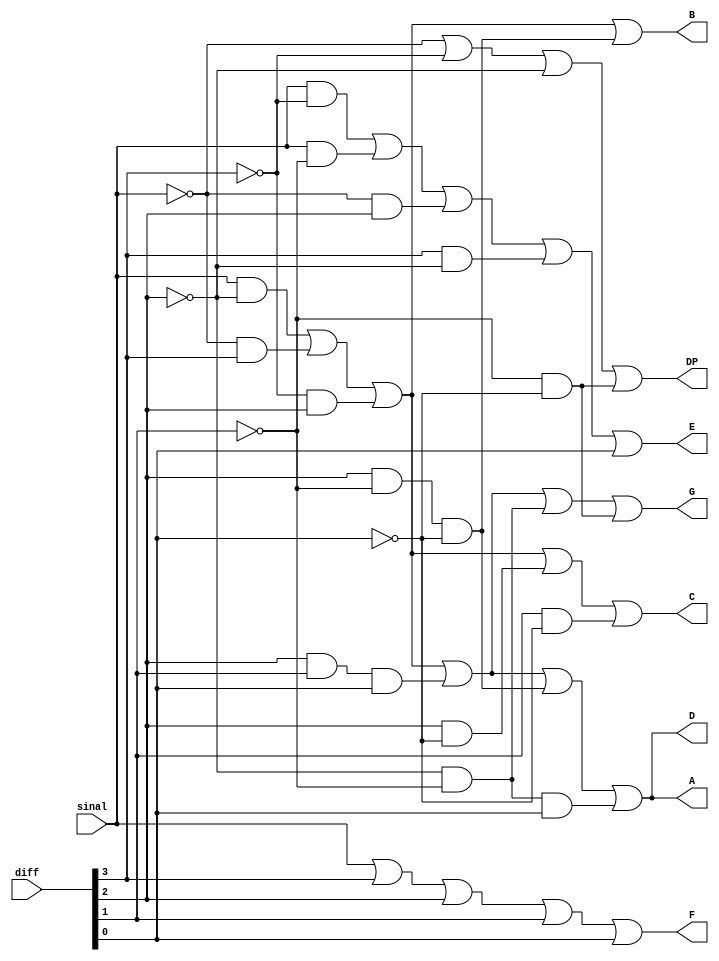

/*
	Mdulo do display.
	Ele  responsvel por mostrar as informaes na tela.
*/

module display(diff, sinal, A, B, C, D, E, F, G, DP);
	// define as entradas
	input [3:0] diff;
	input sinal;

	// define as sadas
	output A, B, C, D, E, F, G, DP;

	// define os fios
	wire SINAL_AND_NOT_DIFF2, DIFF2_AND_NOT_DIFF1_AND_NOT_DIFF0, DIFF2_AND_DIFF1_AND_DIFF0, NOT_SINAL_AND_DIFF3, NOT_DIFF3_AND_DIFF2, NOT_DIFF_2_AND_NOT_DIFF1_AND_DIFF0, DIFF2_AND_NOT_DIFF0, DIFF1_AND_NOT_DIFF0, SINAL_AND_NOT_DIFF3, SINAL_AND_NOT_DIFF1, NOT_SINAL_AND_DIFF2, DIFF3_AND_NOT_DIFF2, NOT_DIFF1_AND_NOT_DIFF0, NOT_DIFF2_AND_NOT_DIFF1, DIFF2_AND_DIFF1_DIFF0;
	wire NOT_DIFF0, NOT_DIFF1, NOT_DIFF2, NOT_DIFF3, NOT_SINAL;


	not not0(NOT_DIFF0, diff[0]);
	not not1(NOT_DIFF1, diff[1]);
	not not2(NOT_DIFF2, diff[2]);
	not not3(NOT_DIFF3, diff[3]);
	not not4(NOT_SINAL, sinal);

	// Segmento A
	and andA0 (SINAL_AND_NOT_DIFF2, sinal, NOT_DIFF2);
	and andA1 (NOT_SINAL_AND_DIFF3, NOT_SINAL, diff[3]);
	and andA2 (NOT_DIFF3_AND_DIFF2, NOT_DIFF3, diff[2]);
	and andA3 (DIFF2_AND_DIFF1_DIFF0, diff[2], diff[1], diff[0]);
	and andA4 (DIFF2_AND_NOT_DIFF1_AND_NOT_DIFF0, diff[2], NOT_DIFF1, NOT_DIFF0);
	and andA5 (NOT_DIFF_2_AND_NOT_DIFF1_AND_DIFF0, NOT_DIFF2, NOT_DIFF1, diff[0]);

	or orA0 (A, SINAL_AND_NOT_DIFF2, NOT_SINAL_AND_DIFF3, NOT_DIFF3_AND_DIFF2, DIFF2_AND_DIFF1_DIFF0, DIFF2_AND_NOT_DIFF1_AND_NOT_DIFF0, NOT_DIFF_2_AND_NOT_DIFF1_AND_DIFF0);


	// Segmento B
	or orB0 (B, SINAL_AND_NOT_DIFF2, NOT_SINAL_AND_DIFF3, NOT_DIFF3_AND_DIFF2, DIFF2_AND_NOT_DIFF1_AND_NOT_DIFF0);

	// Segmento C
	and andC3 (DIFF2_AND_NOT_DIFF0, diff[2], NOT_DIFF0);
	and andC4 (DIFF1_AND_NOT_DIFF0, diff[1], NOT_DIFF0);

	or orC0 (C, SINAL_AND_NOT_DIFF2, NOT_SINAL_AND_DIFF3, NOT_DIFF3_AND_DIFF2, DIFF2_AND_NOT_DIFF0, DIFF1_AND_NOT_DIFF0);

	// Segmento D
	and andD0 (DIFF2_AND_DIFF1_AND_DIFF0, diff[2], diff[1], diff[0]);
	or orD0 (D, SINAL_AND_NOT_DIFF2, NOT_SINAL_AND_DIFF3, NOT_DIFF3_AND_DIFF2, DIFF2_AND_DIFF1_AND_DIFF0, DIFF2_AND_NOT_DIFF1_AND_NOT_DIFF0, NOT_DIFF_2_AND_NOT_DIFF1_AND_DIFF0);

	// Segmento E
	and andE0 (SINAL_AND_NOT_DIFF3, sinal, NOT_DIFF3);
	and andE1 (SINAL_AND_NOT_DIFF1, sinal, NOT_DIFF1);
	and andE2 (NOT_SINAL_AND_DIFF2, NOT_SINAL, diff[2]);
	and andE3 (DIFF3_AND_NOT_DIFF2, diff[3], NOT_DIFF2);

	or orE0 (E, SINAL_AND_NOT_DIFF3, SINAL_AND_NOT_DIFF1, NOT_SINAL_AND_DIFF2, DIFF3_AND_NOT_DIFF2, diff[0]);
	
	// Segmento F	
	or orF0 (F, sinal, diff[3], diff[2], diff[1], diff[0]);

	// Segmento G
	and andG1 (NOT_DIFF1_AND_NOT_DIFF0, NOT_DIFF1, NOT_DIFF0);
	and andG2 (NOT_DIFF2_AND_NOT_DIFF1, NOT_DIFF2, NOT_DIFF1);
	
	or orG0 (G, SINAL_AND_NOT_DIFF2, NOT_SINAL_AND_DIFF3, NOT_DIFF3_AND_DIFF2, DIFF2_AND_DIFF1_AND_DIFF0, NOT_DIFF2_AND_NOT_DIFF1, NOT_DIFF1_AND_NOT_DIFF0);

	// Segmento DP
	or orDP0 (DP, NOT_SINAL, NOT_DIFF3, NOT_DIFF2, NOT_DIFF1_AND_NOT_DIFF0);
	
endmodule